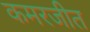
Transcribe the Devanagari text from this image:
कमरजीत